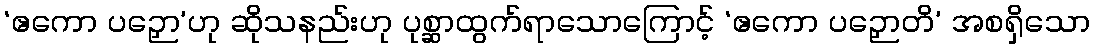
‘ဧကော ပဉှော’ဟု ဆိုသနည်းဟု ပုစ္ဆာထွက်ရာသောကြောင့် ‘ဧကော ပဉှောတိ’ အစရှိသော